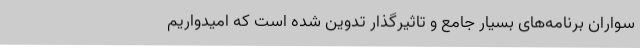
سواران برنامه‌های بسیار جامع و تاثیرگذار تدوین شده است که امیدواریم